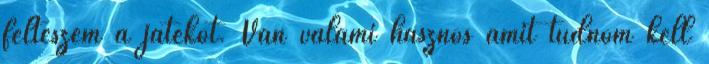
felteszem a játékot. Van valami hasznos amit tudnom kell